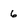
Character: 6